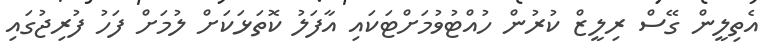
އެތިލީން ގޭސް ރިލީޒް ކުރުން ހުއްޓުވުމަށްޓަކައި އާފަލު ކޮތަޅަކަށް ލުމަށް ފަހު ފުރިޖުގައި